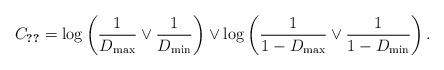
LaTeX: \begin{align*}C_{\ref{eq:C_D_def}} = \log\left(\frac1{D_{\max}} \vee \frac1{D_{\min}} \right)\vee \log\left(\frac1{1 - D_{\max}} \vee \frac1{1 - D_{\min}} \right).\end{align*}